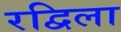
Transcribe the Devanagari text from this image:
रद्विला